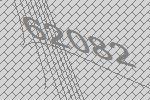
62082